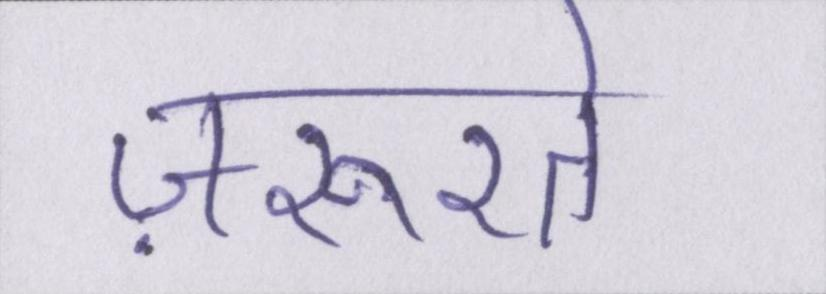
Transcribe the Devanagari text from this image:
ज़रूरतें